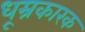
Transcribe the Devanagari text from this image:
धूम्रकारक